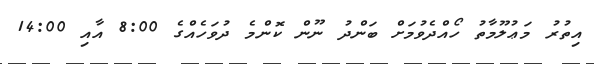
އިތުރު މަޢުލޫމާތު ހޯއްދެވުމަށް ބަންދު ނޫން ކޮންމެ ދުވަހެއްގެ 8:00 އާއި 14:00